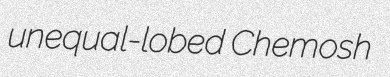
unequal-lobed Chemosh